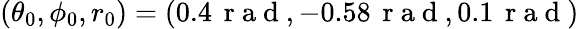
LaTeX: (\theta_{0},\phi_{0},r_{0})=(0.4\, \mathrm{~r~a~d~},-0.58\, \mathrm{~r~a~d~},0.1\, \mathrm{~r~a~d~})